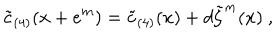
LaTeX: \tilde { c } _ { ( 4 ) } ( x + e ^ { m } ) = \tilde { c } _ { ( 4 ) } ( x ) + d \tilde { \zeta } ^ { m } ( x ) \ ,